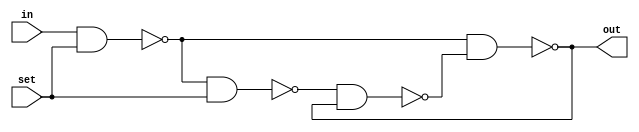
module memory_cell(input in, set, output out);
  wire a, b, c;
  assign a = ~(in&set);
  assign b = ~(a&set);
  assign out = ~(a&c);
  assign c = ~(b&out);
endmodule

module byte_memory_cell #(parameter WIDTH = 16)(input [WIDTH-1:0] in, input set, output [WIDTH-1:0] out);
  
  generate
    genvar i;
    for(i = 0 ; i < WIDTH ; i=i+1)begin
      memory_cell this_memory_cell(.in(in[i]), .set(set), .out(out[i]));
    end
  endgenerate

endmodule